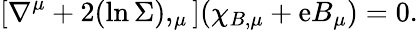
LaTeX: \left[\nabla^{\mu}+2(\ln\Sigma),_{\mu}\right](\chi_{B,\mu}+\mathrm{e}B_{\mu})=0.